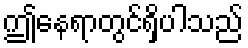
ဤနေရာတွင်ရှိပါသည်